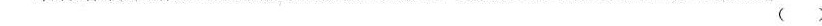
()